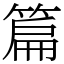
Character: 篇